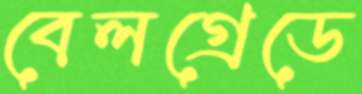
বেলগ্রেডে